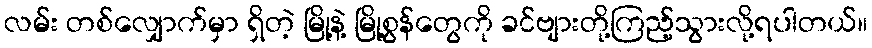
လမ်း တစ်လျှောက်မှာ ရှိတဲ့ မြို့နဲ့ မြို့စွန်တွေကို ခင်ဗျားတို့ကြည့်သွားလို့ရပါတယ်။